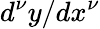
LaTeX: d^{\nu}y/dx^{\nu}